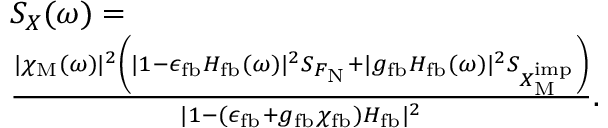
\begin{array} { r l } & { S _ { X } ( \omega ) = } \\ & { \frac { | \chi _ { \mathrm { M } } ( \omega ) | ^ { 2 } \left( | 1 - \epsilon _ { \mathrm { f b } } H _ { \mathrm { f b } } ( \omega ) | ^ { 2 } S _ { F _ { \mathrm { N } } } + | g _ { \mathrm { f b } } H _ { \mathrm { f b } } ( \omega ) | ^ { 2 } S _ { X _ { \mathrm { M } } ^ { \mathrm { i m p } } } \right) } { | 1 - ( \epsilon _ { \mathrm { f b } } + g _ { \mathrm { f b } } \chi _ { \mathrm { f b } } ) H _ { \mathrm { f b } } | ^ { 2 } } . } \end{array}